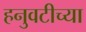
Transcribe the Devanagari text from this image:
हनुवटीच्या